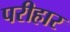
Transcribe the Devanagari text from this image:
परीहार